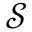
\mathcal { S }